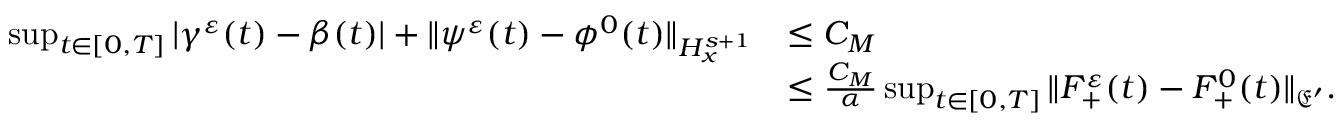
\begin{array} { r l } { \operatorname* { s u p } _ { t \in [ 0 , T ] } | \gamma ^ { \varepsilon } ( t ) - \beta ( t ) | + \| \psi ^ { \varepsilon } ( t ) - \phi ^ { 0 } ( t ) \| _ { H _ { x } ^ { s + 1 } } } & { \leq C _ { M } } \\ & { \leq \frac { C _ { M } } { \alpha } \operatorname* { s u p } _ { t \in [ 0 , T ] } \| F _ { + } ^ { \varepsilon } ( t ) - F _ { + } ^ { 0 } ( t ) \| _ { \mathfrak E ^ { \prime } } . } \end{array}